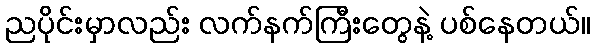
ညပိုင်းမှာလည်း လက်နက်ကြီးတွေနဲ့ ပစ်နေတယ်။